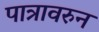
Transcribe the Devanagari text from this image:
पात्रावरुन